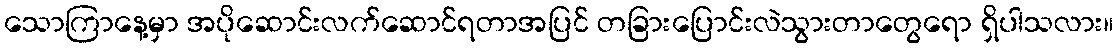
သောကြာနေ့မှာ အပိုဆောင်းလက်ဆောင်ရတာအပြင် တခြားပြောင်းလဲသွားတာတွေရော ရှိပါသလား။